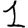
Digit: 1